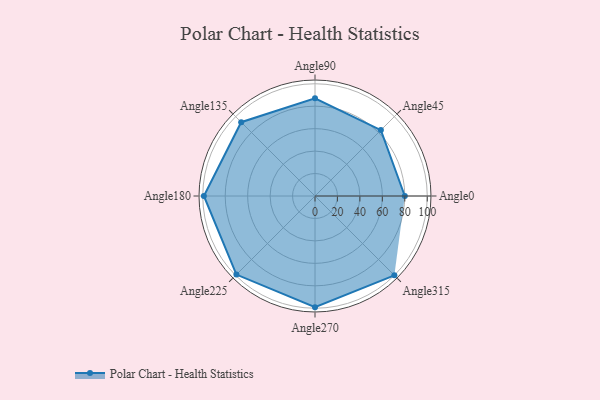
{"axis": {"x": "Angle", "y": "Radius"}, "legend": [""], "data": [{"x": "Angle0", "y": 80.0, "type": ""}, {"x": "Angle45", "y": 83.0, "type": ""}, {"x": "Angle90", "y": 87.0, "type": ""}, {"x": "Angle135", "y": 93.0, "type": ""}, {"x": "Angle180", "y": 99.0, "type": ""}, {"x": "Angle225", "y": 99.0, "type": ""}, {"x": "Angle270", "y": 99.0, "type": ""}, {"x": "Angle315", "y": 100.0, "type": ""}]}